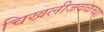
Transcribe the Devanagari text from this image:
चिखलीजवळच्या